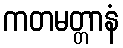
ကတမတ္တာနံ